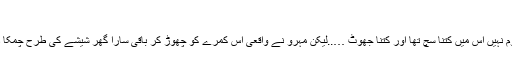
‘‘
اب معلوم نہیں اس میں کتنا سچ تھا اور کتنا جھوٹ …..لیکن مہرو نے واقعی اس کمرے کو چھوڑ کر باقی سارا گھر شیشے کی طرح چمکا ڈالا تھا۔